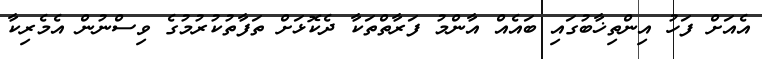
އެއަށް ފަހު އިންތިޚާބުގައި ބައެއް އާންމު ފަރާތްތަކާ ދެކޮޅަށް ތަފާތުކުރުމުގެ ވިސްނުން އެމެރިކާ